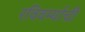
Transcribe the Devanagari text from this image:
रविवर्म्याची